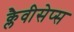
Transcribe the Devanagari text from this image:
क्लैवीसेप्स